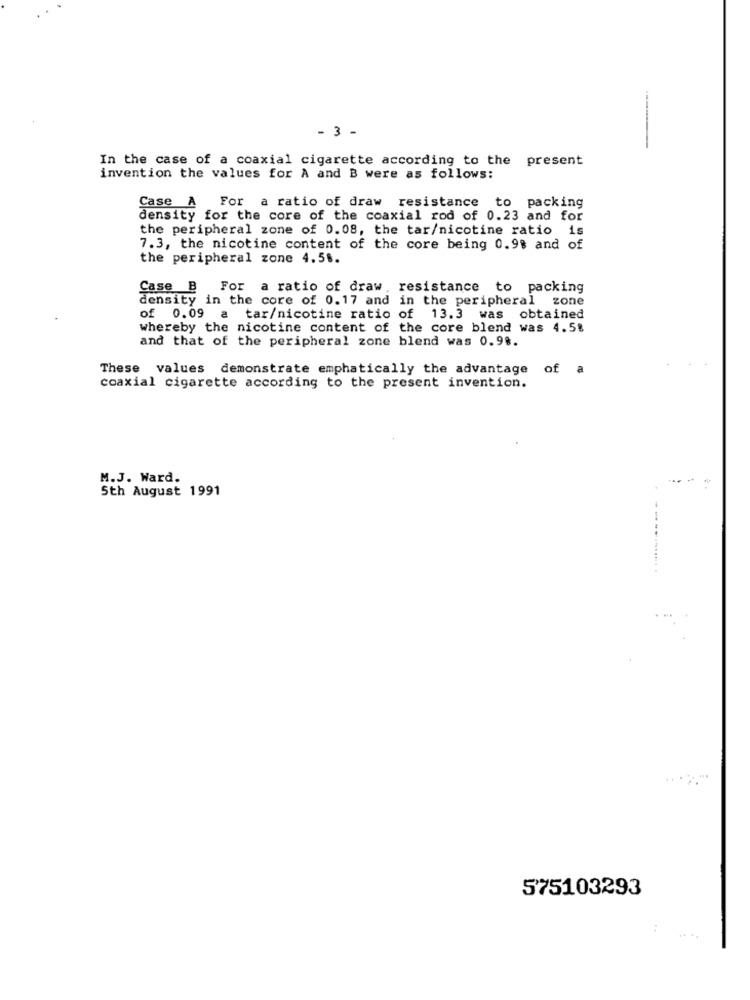
- 3 -
In the case of a coaxial cigarette according to the present
invention the values for A and B were as follows:
Case A
For a ratio of draw resistance to packing
density for the core of the coaxial rod of 0.23 and for
the peripheral zone of 0.08, the tar/nicotine ratio is
7.3, the nicotine content of the core being 0.98 and of
the peripheral zone 4.56.
Case B For a ratio of draw resistance to packing
density in the core of 0.17 and in the peripheral zone
of 0.09 a tar/nicotine ratio of 13.3 was obtained
whereby the nicotine content of the core blend was 4.5%
and that of the peripheral zone blend was 0.98.
These values demonstrate emphatically the advantage of a
coaxial cigarette according to the present invention.
M.J. Ward.
5th August 1991
.. .
575103293